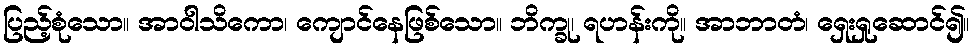
ပြည့်စုံသော။ အာဝါသိကော၊ ကျောင်နေဖြစ်သော။ ဘိက္ခု၊ ရဟန်းကို။ အာဘာတံ၊ ရှေးရှုဆောင်၍။